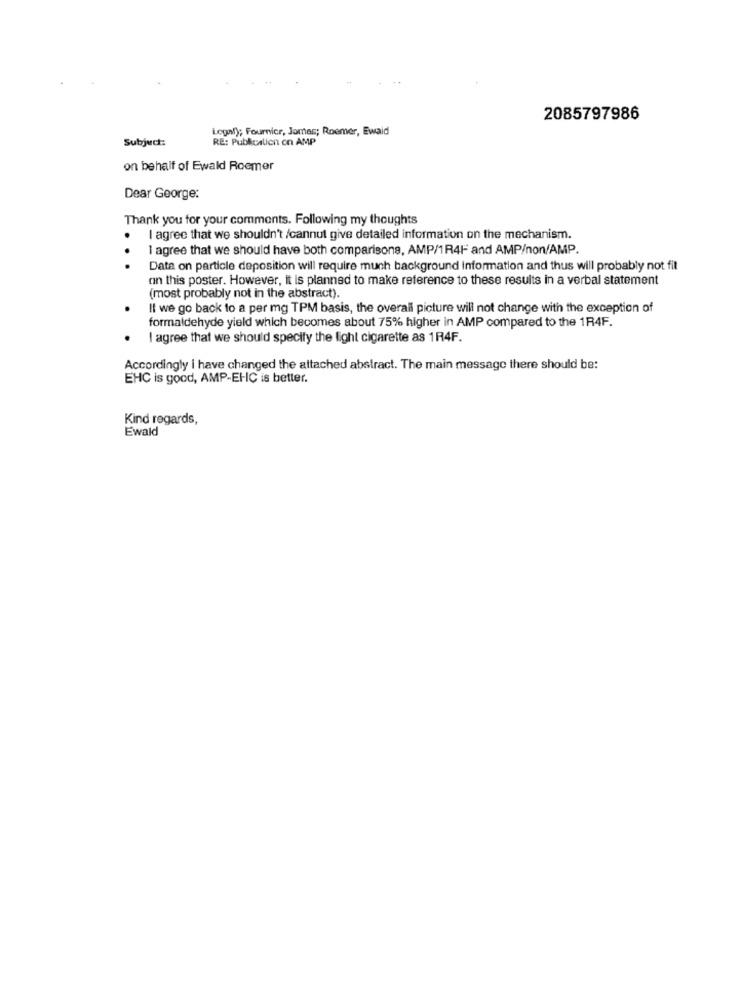
2085797986
Legal); Fournier, Jomes; Roemer, Ewaid
Subject:
RE: Publicalicn cn AMP
on behalf of Ewald Roemer
Dear George:
Thank you for your comments. Following my thoughts
I agree that we shouldn't /cannut give detailed information on the mechanism.
I agree that we should have both comparisons, AMP/1R4F and AMP/non/AMP.
Data on particle deposition will require much background information and thus will probably not fit
on this poster. However, it is planned to make reference to these results in a verbal statement
(most probably not in the abstract).
If we go back to a per mg TPM basis, the overall picture will not change with the exception of
formaldehyde yield which becomes about 75% higher in AMP compared to the 1R4F.
I agree that we should specify the light cigarette as 1R4F.
Accordingly i have changed the attached abstract. The main message there should be:
EHC is good, AMP-EHC is better.
Kind regards,
Ewald